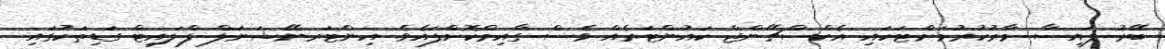
ބޭރު ފައިސާ މާރުކުރުމަށްޓަކައި އެކްސްޗޭންޖް ކައުންޓަރެއް ވެސް ގާއިމްކޮށްފައެވެ. އިންޓަރނޭޝަނަލް ފްލައިޓް ގަޑިތަކުގައި